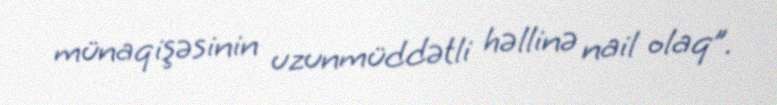
münaqişəsinin uzunmüddətli həllinə nail olaq”.